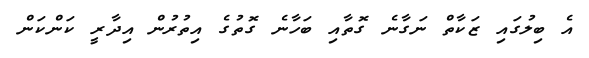
އެ ބިލުގައި ޒަކާތް ނަގާނެ ގޮތާއި ބަހާނެ ގޮތުގެ އިތުރުން އިދާރީ ކަންކަން